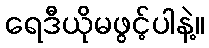
ရေဒီယိုမဖွင့်ပါနဲ့။